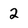
Character: 2